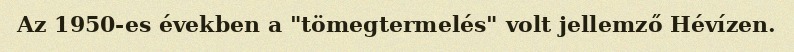
Az 1950-es években a "tömegtermelés" volt jellemző Hévízen.